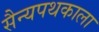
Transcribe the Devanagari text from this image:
सैन्यपथकाला